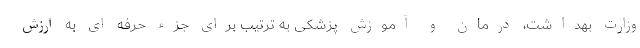
وزارت بهداشت، درمان و آموزش پزشکی به ترتیب برای جزء حرفه ای به ارزش